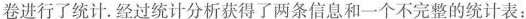
卷进行了统计.经过统计分析获得了两条信息和不完整的统计表: